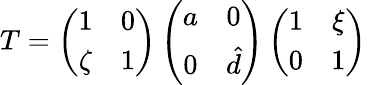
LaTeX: T=\left(\begin{array}{cc}{{1}}&{{0}}\\ {{\zeta}}&{{1}}\end{array}\right)\left(\begin{array}{cc}{{a}}&{{0}}\\ {{0}}&{{\hat{d}}}\end{array}\right)\left(\begin{array}{cc}{{1}}&{{\xi}}\\ {{0}}&{{1}}\end{array}\right)